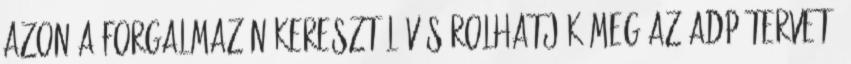
azon a forgalmazón keresztül vásárolhatják meg az ADP tervet,